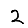
Digit: 2